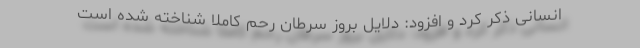
انسانی ذکر کرد و افزود: دلایل بروز سرطان رحم کاملاً شناخته شده است